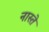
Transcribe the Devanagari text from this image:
नास्‍ते